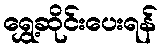
ရွှေ့ဆိုင်းပေးရန်